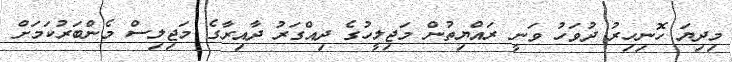
މިދިޔަ ހޮނިހިރު ދުވަހު ވަނީ ރައްޔިތުން މަޖިލީހުގެ ދިއްގަރު ދާއިރާގެ މަޖިލިސް މެންބަރުކަމަށް